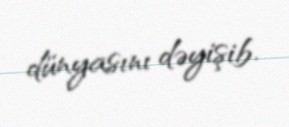
dünyasını dəyişib.